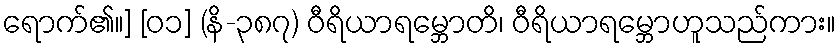
ရောက်၏။] [၀၁] (နိ-၃၈၇) ဝီရိယာရမ္ဘောတိ၊ ဝီရိယာရမ္ဘောဟူသည်ကား။